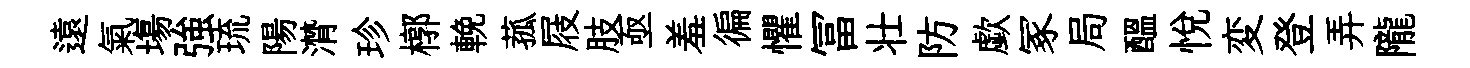
遠氣塲強琉陽潸珍槨輓菰屐肢亟羞徧懼冨壮防歔冢局醖悅変登弄隴